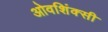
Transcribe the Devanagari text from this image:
ओवशिंक्सी